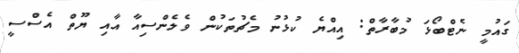
ގައުމީ ނެޓްބޯޅަ މުބާރާތް: އިއްޔެ ކުޅުނު މެޗުތަކުން ވެލެންސިއާ އާއި ޔޫތް އެސްސީ